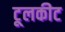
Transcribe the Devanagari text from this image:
टूलकीट